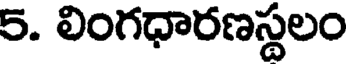
5. లింగధారణస్థలం